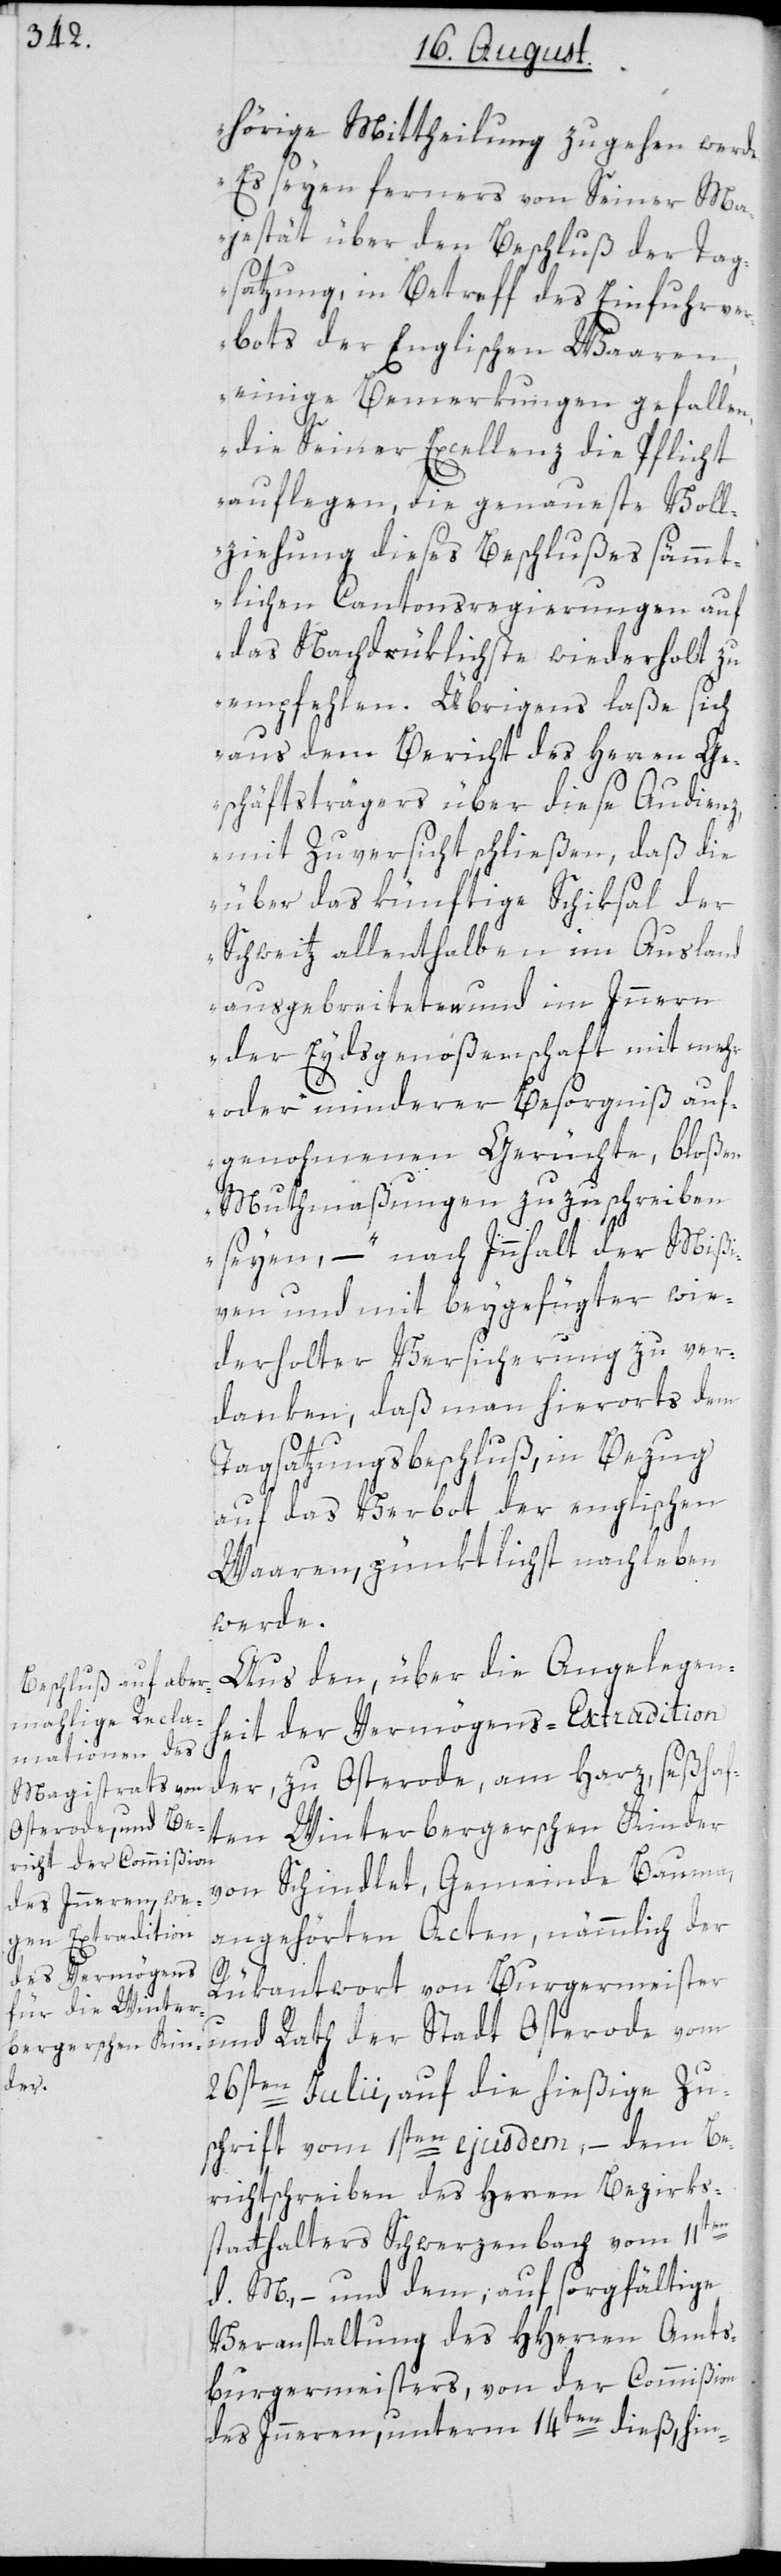
hörige Mittheilung zugehen werde.
Es seyen ferners von Seiner Ma¬
jestät über den Beschluß der Tag¬
satzung, in Betreff des Einfuhrver¬
bots der Englischen Waaren,
einige Bemerkungen gefallen,
die Seiner Excellenz die Pflicht
auflegen, die genaueste Voll¬
ziehung dieses Beschlußes sämmt¬
lichen Cantonsregierungen auf
das Nachdrüklichste wiederholt zu
empfehlen. Übrigens laße sich
aus dem Bericht des Herren Ge¬
schäftsträgers über diese Audienz,
mit Zuversicht schließen, daß die
über das künftige Schiksal der
Schweitz allenthalben im Ausland
ausgebreiteten und im Innern
der Eydsgenoßenschaft mit mehr
oder minderer Besorgniß auf¬
genohmene Gerüchte, bloßen
Muthmaßungen zuzuschreiben
seyen,“ – nach Innhalt der Mißi¬
ven und mit beygefügter wie¬
derholter Versicherung zu ver¬
danken, daß man hierorts dem
Tagsatzungsbeschluß, in Bezug
auf das Verbot der englischen
Waaren, pünktlichst nachleben
werde.
Aus den, über die Angelegen¬
heit der Vermögens-Extradition
der, zu Osterode, am Harz, seßhaf¬
ten Winterbergerschen Kinder
von Schindlet, Gemeinde Bauma,
angehörten Acten, nämmlich der
Rükantwort von Burgermeister
und Rath der Stadt Osterode vom
26sten Julii, auf die hießige Zu¬
schrift vom 1sten ejusdem, – dem Be¬
richtschreiben des Herren Bezirks¬
statthalters Schwerzenbach vom 11ten
d. M., – und dem, auf sorgfältige
Veranstaltung des HHerren Amts¬
burgermeisters, von der Commißion
des Innern, unterm 14ten dieß, hin-